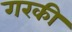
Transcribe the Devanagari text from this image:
गरकी